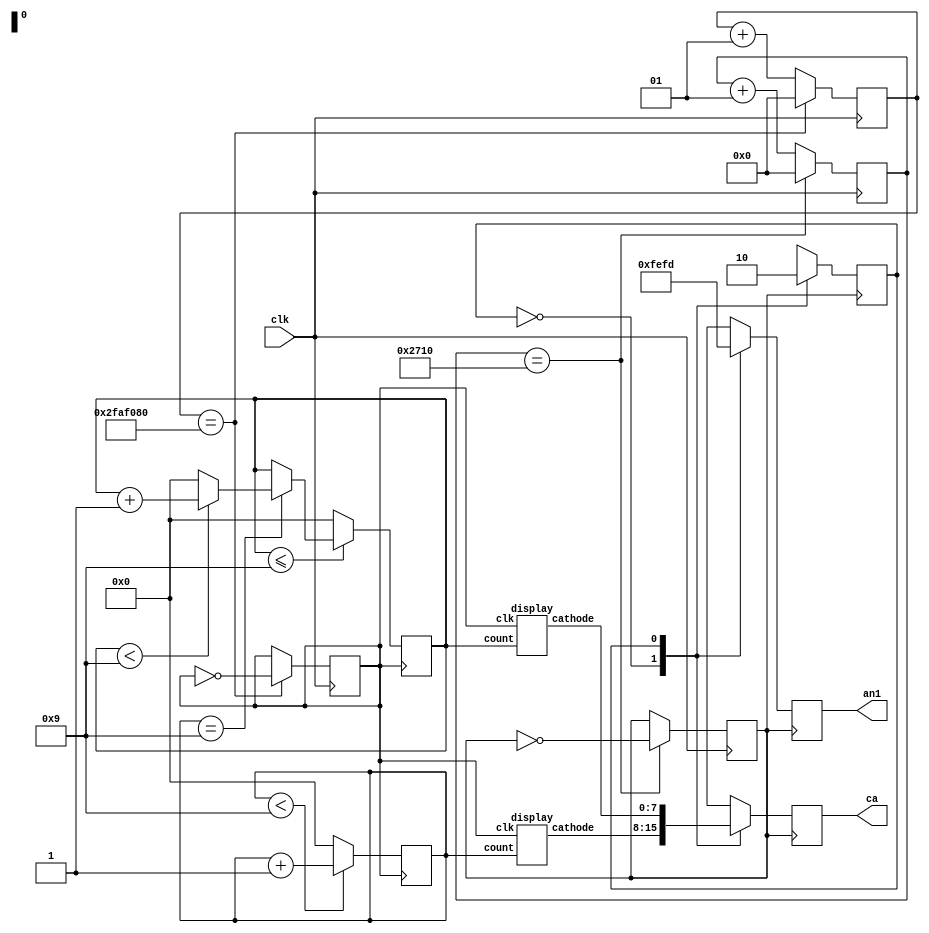
`timescale 1ns / 1ps
module mod100(clk,an1,ca);
input clk;
output reg [7:0]an1=0;
output reg [7:0]ca=0;
wire [7:0]ca1,ca2;
reg [3:0]mod1=0;
reg [3:0]mod2=0;
reg clk1=0;
reg clk2=0;
reg m=0;
integer count1=0;
integer count2=0;
//block to generate clk both seconds and refreshing
always@(posedge clk)
begin
if (count1==50000000)
    begin
        count1<=0;
        clk1<=~clk1;
    end
else
    begin
        count1<=count1+1;
    end

if (count2==10000)
    begin
        count2<=0;
        clk2<=~clk2;
    end
else
    begin
    count2<=count2+1;
    end
end
//logic for mod 100
always@(posedge clk1)
begin
if (mod1<9)
    begin
        mod1<=mod1+1;
    end
else
   mod1<=0;
if( mod2<=9)
    begin
       if (mod1==9)
            begin
                if (mod2<9)
                mod2<=mod2+1;
                else
                    mod2<=0;
            end
        else
            mod2<=mod2;
    end  
else
    begin
        mod2<=0;
    end
end
//printing mod 100
always@(posedge clk2)
begin
case(m)
0:begin
        an1<=8'b11111110;
        m<=~m;
        ca<=ca1;
   end
1:begin
    an1<=8'b11111101;
    m<=~m;
    ca<=ca2;
    end
endcase
end
display a(clk1,mod1,ca1);
display b(clk1,mod2,ca2);

endmodule
module display(clk,count,cathode);
input clk;
input [3:0]count;
output  reg [7:0]cathode;
always@(posedge clk)
begin
case({count})
0:cathode=8'b00000011;
1:cathode=8'b10011111;
2:cathode=8'b00100101;
3:cathode=8'b00001101;
4:cathode=8'b10011001;
5:cathode=8'b01001001;
6:cathode=8'b11000001;
7:cathode=8'b00011111;
8:cathode=8'b00000001;
9:cathode=8'b00011001;
endcase
end
endmodule